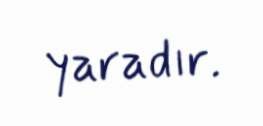
yaradır.